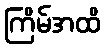
ကြိမ်အထိ